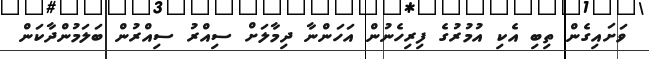
ވަށައިގެން ތިބި އެކި އުމުރުގެ ފިރިހެނުން އަހަންނާ ދިމާލަށް ސިއްރު ސިއްރުން ބަލަމުންދާކަން